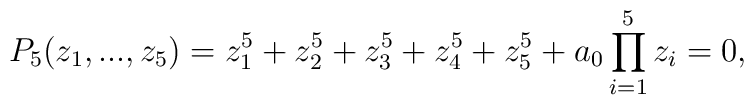
P_{5}(z_{1},...,z_{5})=z_{1}^{5}+z_{2}^{5}+z_{3}^{5}+z_{4}^{5}+z_{5}^{5}+a_{0}\prod_{i=1}^{5}z_{i}=0,